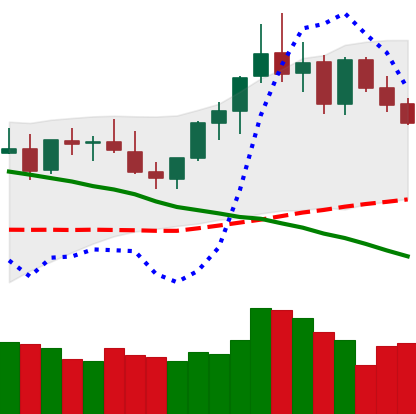
Ticker: XMR-USD
Chart end date: 2021-08-30
Forward return: 8.272%
Label: up_7plus